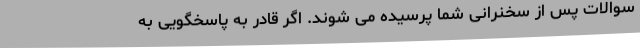
سوالات پس از سخنرانی شما پرسیده می شوند. اگر قادر به پاسخگویی به